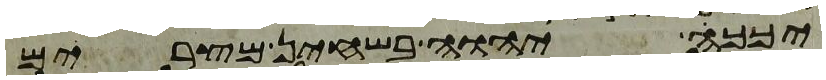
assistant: יכך יהוה בשחין מצרים